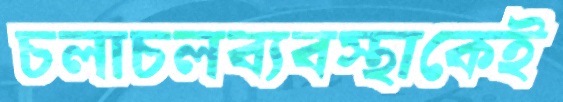
চলাচলব্যবস্থাকেই